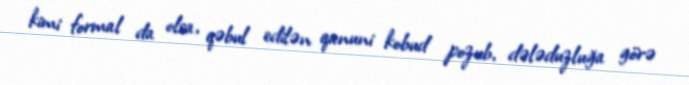
kimi formal da olsa, qəbul edilən qanuni kobud pozub, dələduzluğa görə